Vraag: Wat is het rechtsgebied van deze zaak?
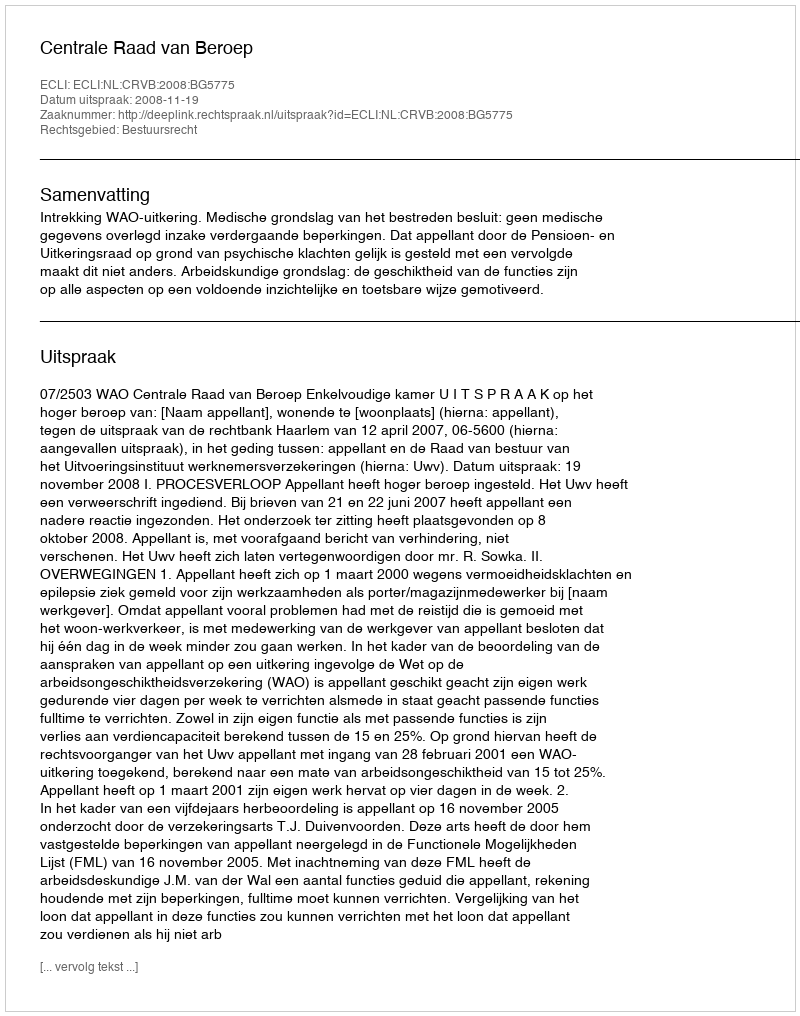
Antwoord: Bestuursrecht